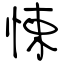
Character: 悚